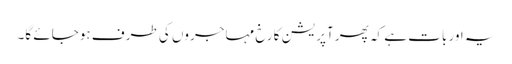
یہ اور بات ہے کہ پھر آپریشن کا رخ مہاجروں کی طرف ہوجائے گا۔